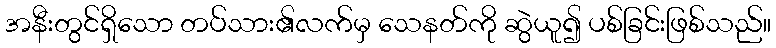
အနီးတွင်ရှိသော တပ်သား၏လက်မှ သေနတ်ကို ဆွဲယူ၍ ပစ်ခြင်းဖြစ်သည်။